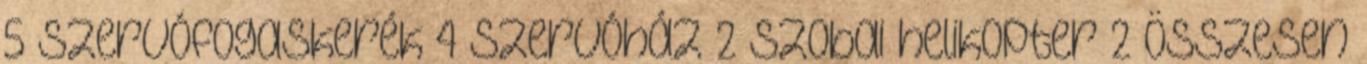
5 Szervófogaskerék 4 Szervóház 2 szobai helikopter 2 Összesen